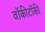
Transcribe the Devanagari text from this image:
वॉकीटॉकी